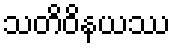
သတိဝိနယဿ